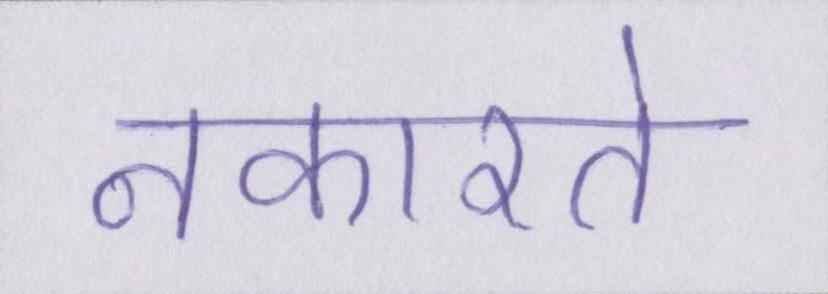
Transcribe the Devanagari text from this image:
नकारते